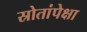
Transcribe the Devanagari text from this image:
स्रोतांपेक्षा